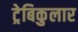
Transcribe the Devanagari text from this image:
ट्रेबिकुलार